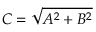
C = { \sqrt { A ^ { 2 } + B ^ { 2 } } } \quad \quad { }